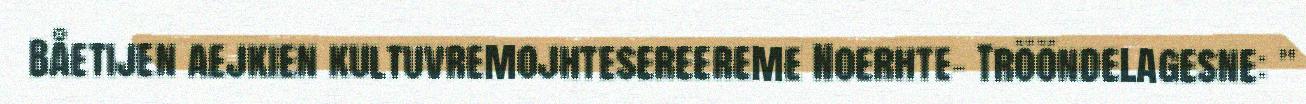
Båetijen aejkien kultuvremojhtesereereme Noerhte- Trööndelagesne: "